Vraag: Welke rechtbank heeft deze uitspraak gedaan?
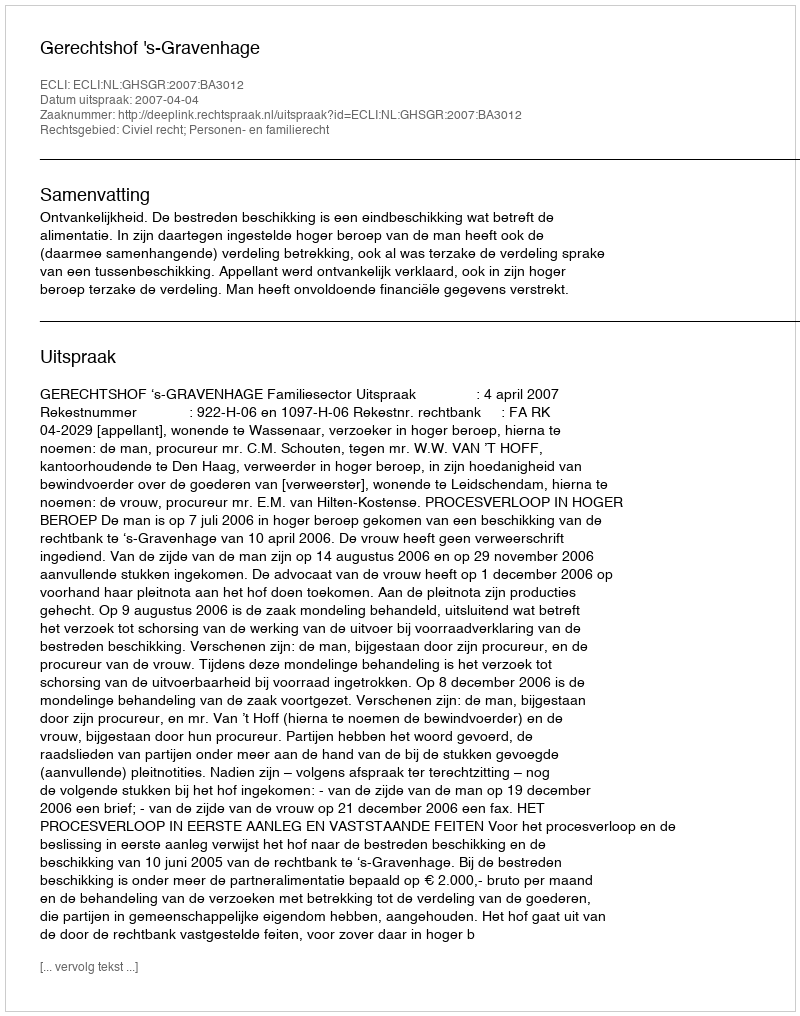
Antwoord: Gerechtshof 's-Gravenhage